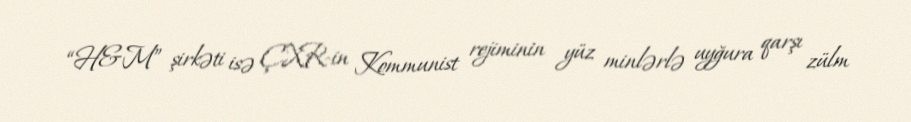
“H&M” şirkəti isə ÇXR-in Kommunist rejiminin yüz minlərlə uyğura qarşı zülm